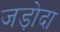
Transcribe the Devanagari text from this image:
जड़ोदा